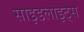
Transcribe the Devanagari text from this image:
साइडलाइट्स